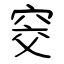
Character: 窔